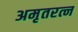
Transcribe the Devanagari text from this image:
अमृतरत्न